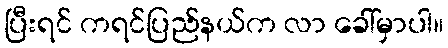
ပြီးရင် ကရင်ပြည်နယ်က လာ ခေါ်မှာပါ။